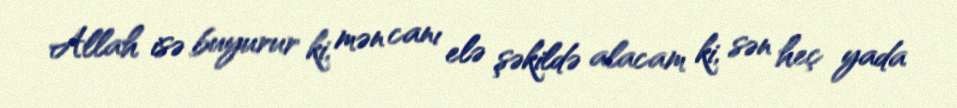
Allah isə buyurur ki, mən canı elə şəkildə alacam ki, sən heç yada